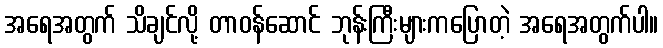
အရေအတွက် သိချင်လို့ တာဝန်ဆောင် ဘုန်းကြီးများကပြောတဲ့ အရေအတွက်ပါ။